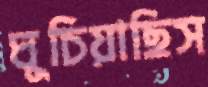
ঘুচিয়াছিস